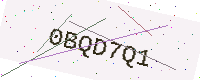
Text: 0BQD7Q1